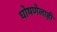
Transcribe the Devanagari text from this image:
घोषणेलाही